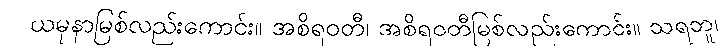
ယမုနာမြစ်လည်းကောင်း။ အစိရဝတီ၊ အစိရဝတီမြစ်လည်းကောင်း။ သရဘူ၊